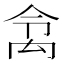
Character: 𱵹